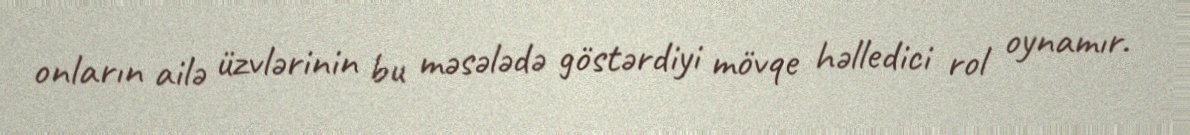
onların ailə üzvlərinin bu məsələdə göstərdiyi mövqe həlledici rol oynamır.